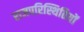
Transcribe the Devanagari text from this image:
राजपरिस्थितियों